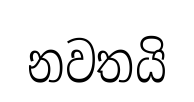
නවතයි